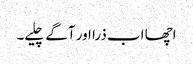
اچھا اب ذرا اور آگے چلیے۔